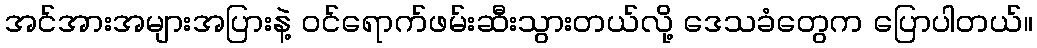
အင်အားအများအပြားနဲ့ ဝင်ရောက်ဖမ်းဆီးသွားတယ်လို့ ဒေသခံတွေက ပြောပါတယ်။